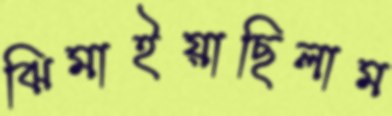
ঝিমাইয়াছিলাম